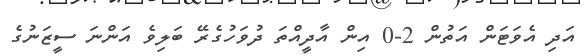
އަދި އެވަޓަން އަތުން 2-0 އިން އާދީއްތަ ދުވަހުގެރޭ ބަލިވެ އަންނަ ސީޒަނުގެ